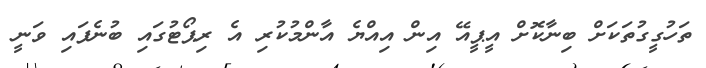
ތަހުގީގުތަކަށް ބިނާކޮށް އީޕީއޭ އިން އިއްޔެ އާންމުކުރި އެ ރިޕޯޓުގައި ބުނެފައި ވަނީ